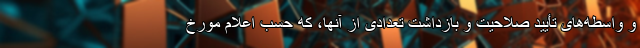
و واسطه‌های تأیید صلاحیت و بازداشت تعدادی از آنها، که حسب اعلام مورخ